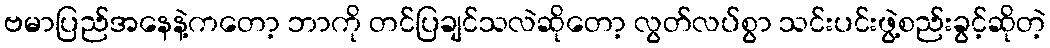
ဗမာပြည်အနေနဲ့ကတော့ ဘာကို တင်ပြချင်သလဲဆိုတော့ လွတ်လပ်စွာ သင်းပင်းဖွဲ့စည်းခွင့်ဆိုတဲ့